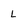
Character: L